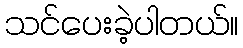
သင်ပေးခဲ့ပါတယ်။